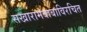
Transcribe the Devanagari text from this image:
सखारामबाबाविरचित